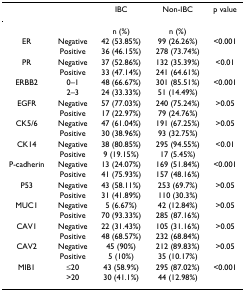
|  |  | IBC | Non-IBC | p value |
 | --- | --- | --- | --- | --- |
 |  |  | n (%) | n (%) |  |
 | ER | Negative | 42 (53.85%) | 99 (26.26%) | <0.001 |
 |  | Positive | 36 (46.15%) | 278 (73.74%) |  |
 | PR | Negative | 37 (52.86%) | 132 (35.39%) | <0.01 |
 |  | Positive | 33 (47.14%) | 241 (64.61%) |  |
 | ERBB2 | 0–1 | 48 (66.67%) | 301 (85.51%) | <0.001 |
 |  | 2–3 | 24 (33.33%) | 51 (14.49%) |  |
 | EGFR | Negative | 57 (77.03%) | 240 (75.24%) | >0.05 |
 |  | Positive | 17 (22.97%) | 79 (24.76%) |  |
 | CK5/6 | Negative | 47 (61.04%) | 191 (67.25%) | >0.05 |
 |  | Positive | 30 (38.96%) | 93 (32.75%) |  |
 | CK14 | Negative | 38 (80.85%) | 295 (94.55%) | <0.01 |
 |  | Positive | 9 (19.15%) | 17 (5.45%) |  |
 | P-cadherin | Negative | 13 (24.07%) | 169 (51.84%) | <0.001 |
 |  | Positive | 41 (75.93%) | 157 (48.16%) |  |
 | P53 | Negative | 43 (58.11%) | 253 (69.7%) | >0.05 |
 |  | Positive | 31 (41.89%) | 110 (30.3%) |  |
 | MUC1 | Negative | 5 (6.67%) | 42 (12.84%) | >0.05 |
 |  | Positive | 70 (93.33%) | 285 (87.16%) |  |
 | CAV1 | Negative | 22 (31.43%) | 105 (31.16%) | >0.05 |
 |  | Positive | 48 (68.57%) | 232 (68.84%) |  |
 | CAV2 | Negative | 45 (90%) | 212 (89.83%) | >0.05 |
 |  | Positive | 5 (10%) | 35 (10.17%) |  |
 | MIB1 | ≤20 | 43 (58.9%) | 295 (87.02%) | <0.001 |
 |  | >20 | 30 (41.1%) | 44 (12.98%) |  |